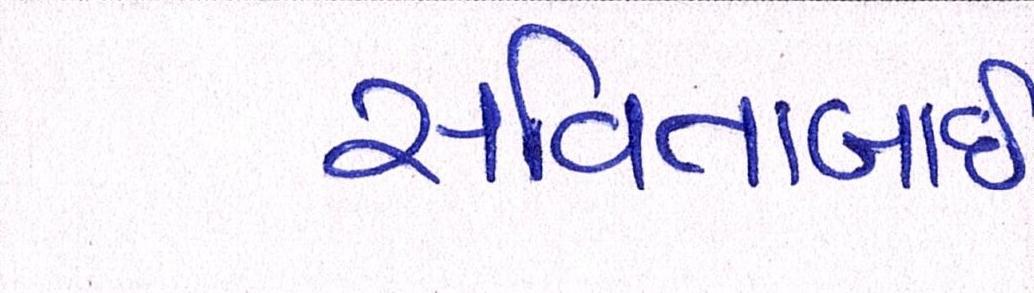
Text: સવિતાબાઇ